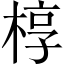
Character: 椁